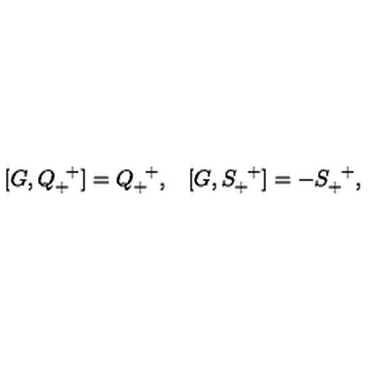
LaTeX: \begin{array} { l l } { [ G , Q _ { + } ^ { \enskip + } ] = Q _ { + } ^ { \enskip + } , } & { [ G , S _ { + } ^ { \enskip + } ] = - S _ { + } ^ { \enskip + } , } \\ \end{array}